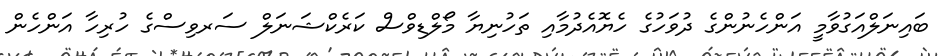
ބައިނަލްއަގުވާމީ އަންހެނުންގެ ދުވަހުގެ ހެޔޮއެދުމާއި ތަހުނިޔާ މޯލްޑިވްސް ކަރެކްޝަނަލް ސަރވިސްގެ ހުރިހާ އަންހެން